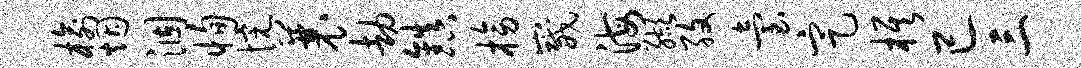
榆烟涸恂惋曩劫镇榜崴海缬孜台定旗已三